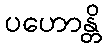
ပဟောန္တိ